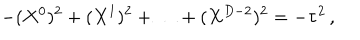
LaTeX: - ( X ^ { 0 } ) ^ { 2 } + ( X ^ { 1 } ) ^ { 2 } + \ldots + ( X ^ { D - 2 } ) ^ { 2 } = - \tau ^ { 2 } \, ,